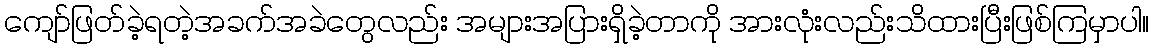
ကျော်ဖြတ်ခဲ့ရတဲ့အခက်အခဲတွေလည်း အများအပြားရှိခဲ့တာကို အားလုံးလည်းသိထားပြီးဖြစ်ကြမှာပါ။